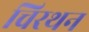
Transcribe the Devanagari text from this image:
चिरथन